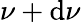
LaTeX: \nu+\mathrm{d}\nu